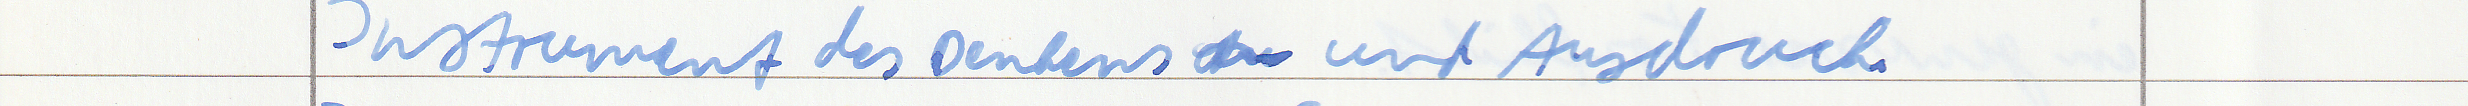
Instrument des Denkens und Ausdruck